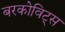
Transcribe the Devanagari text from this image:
बरकोविट्स